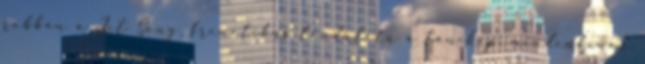
robban a Jet Song, frenetikus lendületű a tánckép, mindenkinek